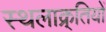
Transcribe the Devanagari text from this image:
स्थलाक्र्तियों